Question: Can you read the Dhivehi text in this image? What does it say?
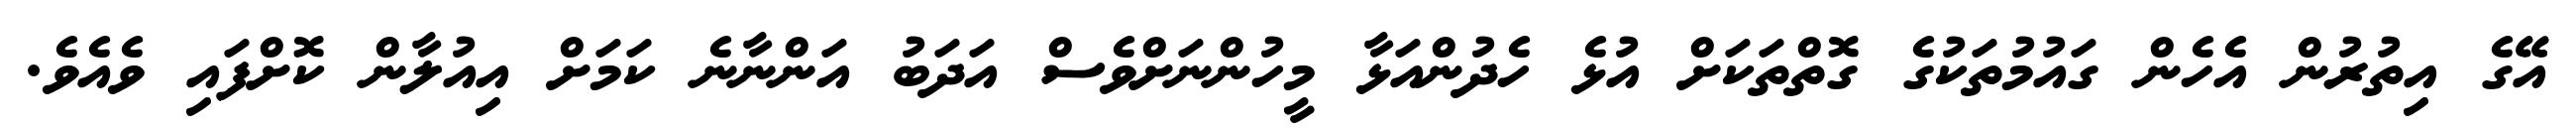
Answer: އޭގެ އިތުރުން އެހެން ގައުމުތަކުގެ ގޮތްތަކަށް އުޅެ ހެދުންއަޅާ މީހުންނަށްވެސް އަދަބު އަންނާނެ ކަމަށް އިއުލާން ކޮށްފައި ވެއެވެ.